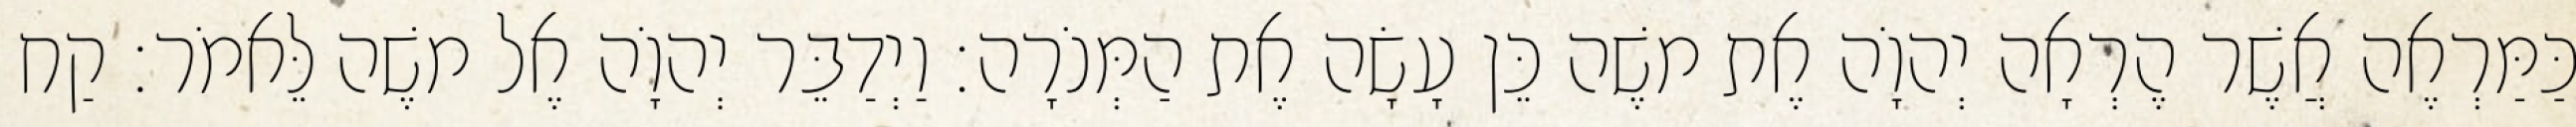
כַּמַּרְאֶה אֲשֶׁר הֶרְאָה יְהוָֹה אֶת משֶׁה כֵּן עָשָׂה אֶת הַמְּנֹרָה׃ וַיְדַבֵּר יְהוָֹה אֶל משֶׁה לֵּאמֹר׃ קַח